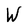
Character: W